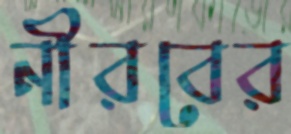
নীরবের